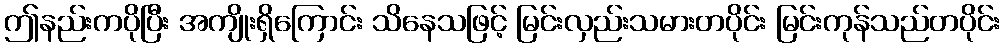
ဤနည်းကပိုပြီး အကျိုးရှိကြောင်း သိနေသဖြင့် မြင်းလှည်းသမားတပိုင်း မြင်းကုန်သည်တပိုင်း